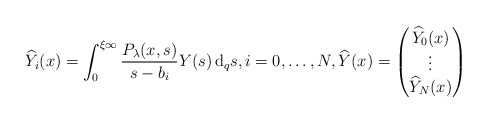
\begin{align*}& \widehat{Y}_{i}(x) = \int^{\xi \infty}_{0}\frac{P_{\lambda}(x, s)}{s-b_{i}}Y(s) \, {\rm d}_{q}s, i=0,\dots,N, \widehat{Y}(x) = \begin{pmatrix} \widehat{Y}_{0}(x) \\ \vdots \\ \widehat{Y}_{N}(x) \end{pmatrix} \end{align*}